system: You are a helpful assistant.
user:
Analyze the provided spectrum to determine if it is a **Carbon Star (C-type)**.

- **Key Visual Indicators of Carbon Star:**
    - **(Primary):** Strong molecular absorption from **C₂ (diatomic carbon) "Swan Bands."** This is the **defining feature** of a carbon star.
        - **(Key Bandheads):** Sharp absorption edges are visible at approximately $5635$ Å, $5165$ Å (the strongest band), and $4737$ Å.
        - **(Line Profile):** Creates a distinct **"saw-tooth"** pattern. The key morphology is a sharp, steep bandhead on the **red (long-wavelength) side**, which then gradually tapers off (i.e., flux recovers) towards the **blue (short-wavelength) side**. *(This is the direct opposite of the TiO bands seen in M-type stars)*.

    - **(Secondary):** Intense **CN (cyanogen)** molecular absorption bands.
        - **(Key Bandheads):** Located in the blue and violet regions of the spectrum (e.g., near $4215$ Å and $3883$ Å).
        - **(Morphology):** These bands are extremely broad and act as a "blanket," absorbing the vast majority of blue and violet light. This creates a characteristic **"cliff"** or **"steep drop-off"** in the spectrum's flux at short wavelengths.

    - **(Key Confirmation):** Strong **CH absorption band (G-band)**.
        - **(Key Bandhead):** Located around $4300$ Å. The contribution from CH molecules to this band is exceptionally strong.

    - **(Overall Spectrum):**
        - The continuum is severely "chopped up" by these deep molecular bands, especially C₂, rather than appearing as a smooth curve.
        - Due to the heavy CN and C₂ absorption in the blue-green, the vast majority of the star's flux is concentrated in the red part of the spectrum, giving the star its characteristic deep red color.

Think first, call **spectral_visualization_tool** if needed to examine features in detail, then provide your final answer. Your response must adhere to the following strict rules:
1.  **Overall Structure:** Your response must follow the format `<think>...</think> <tool_call>...</tool_call> (if a tool is used) <answer>...</answer>`.
2.  **Tool Usage Constraint:** You may only make **one** tool call per turn.
3.  **Final Answer Format:** In the `<answer>` tag, your conclusion must be inside a `\boxed{}` command (e.g., `\boxed{YES}`), followed by your justification.

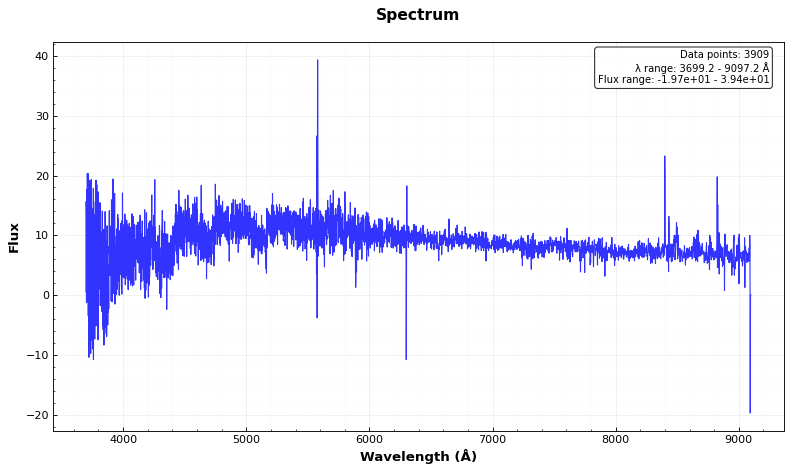
Answer: YES